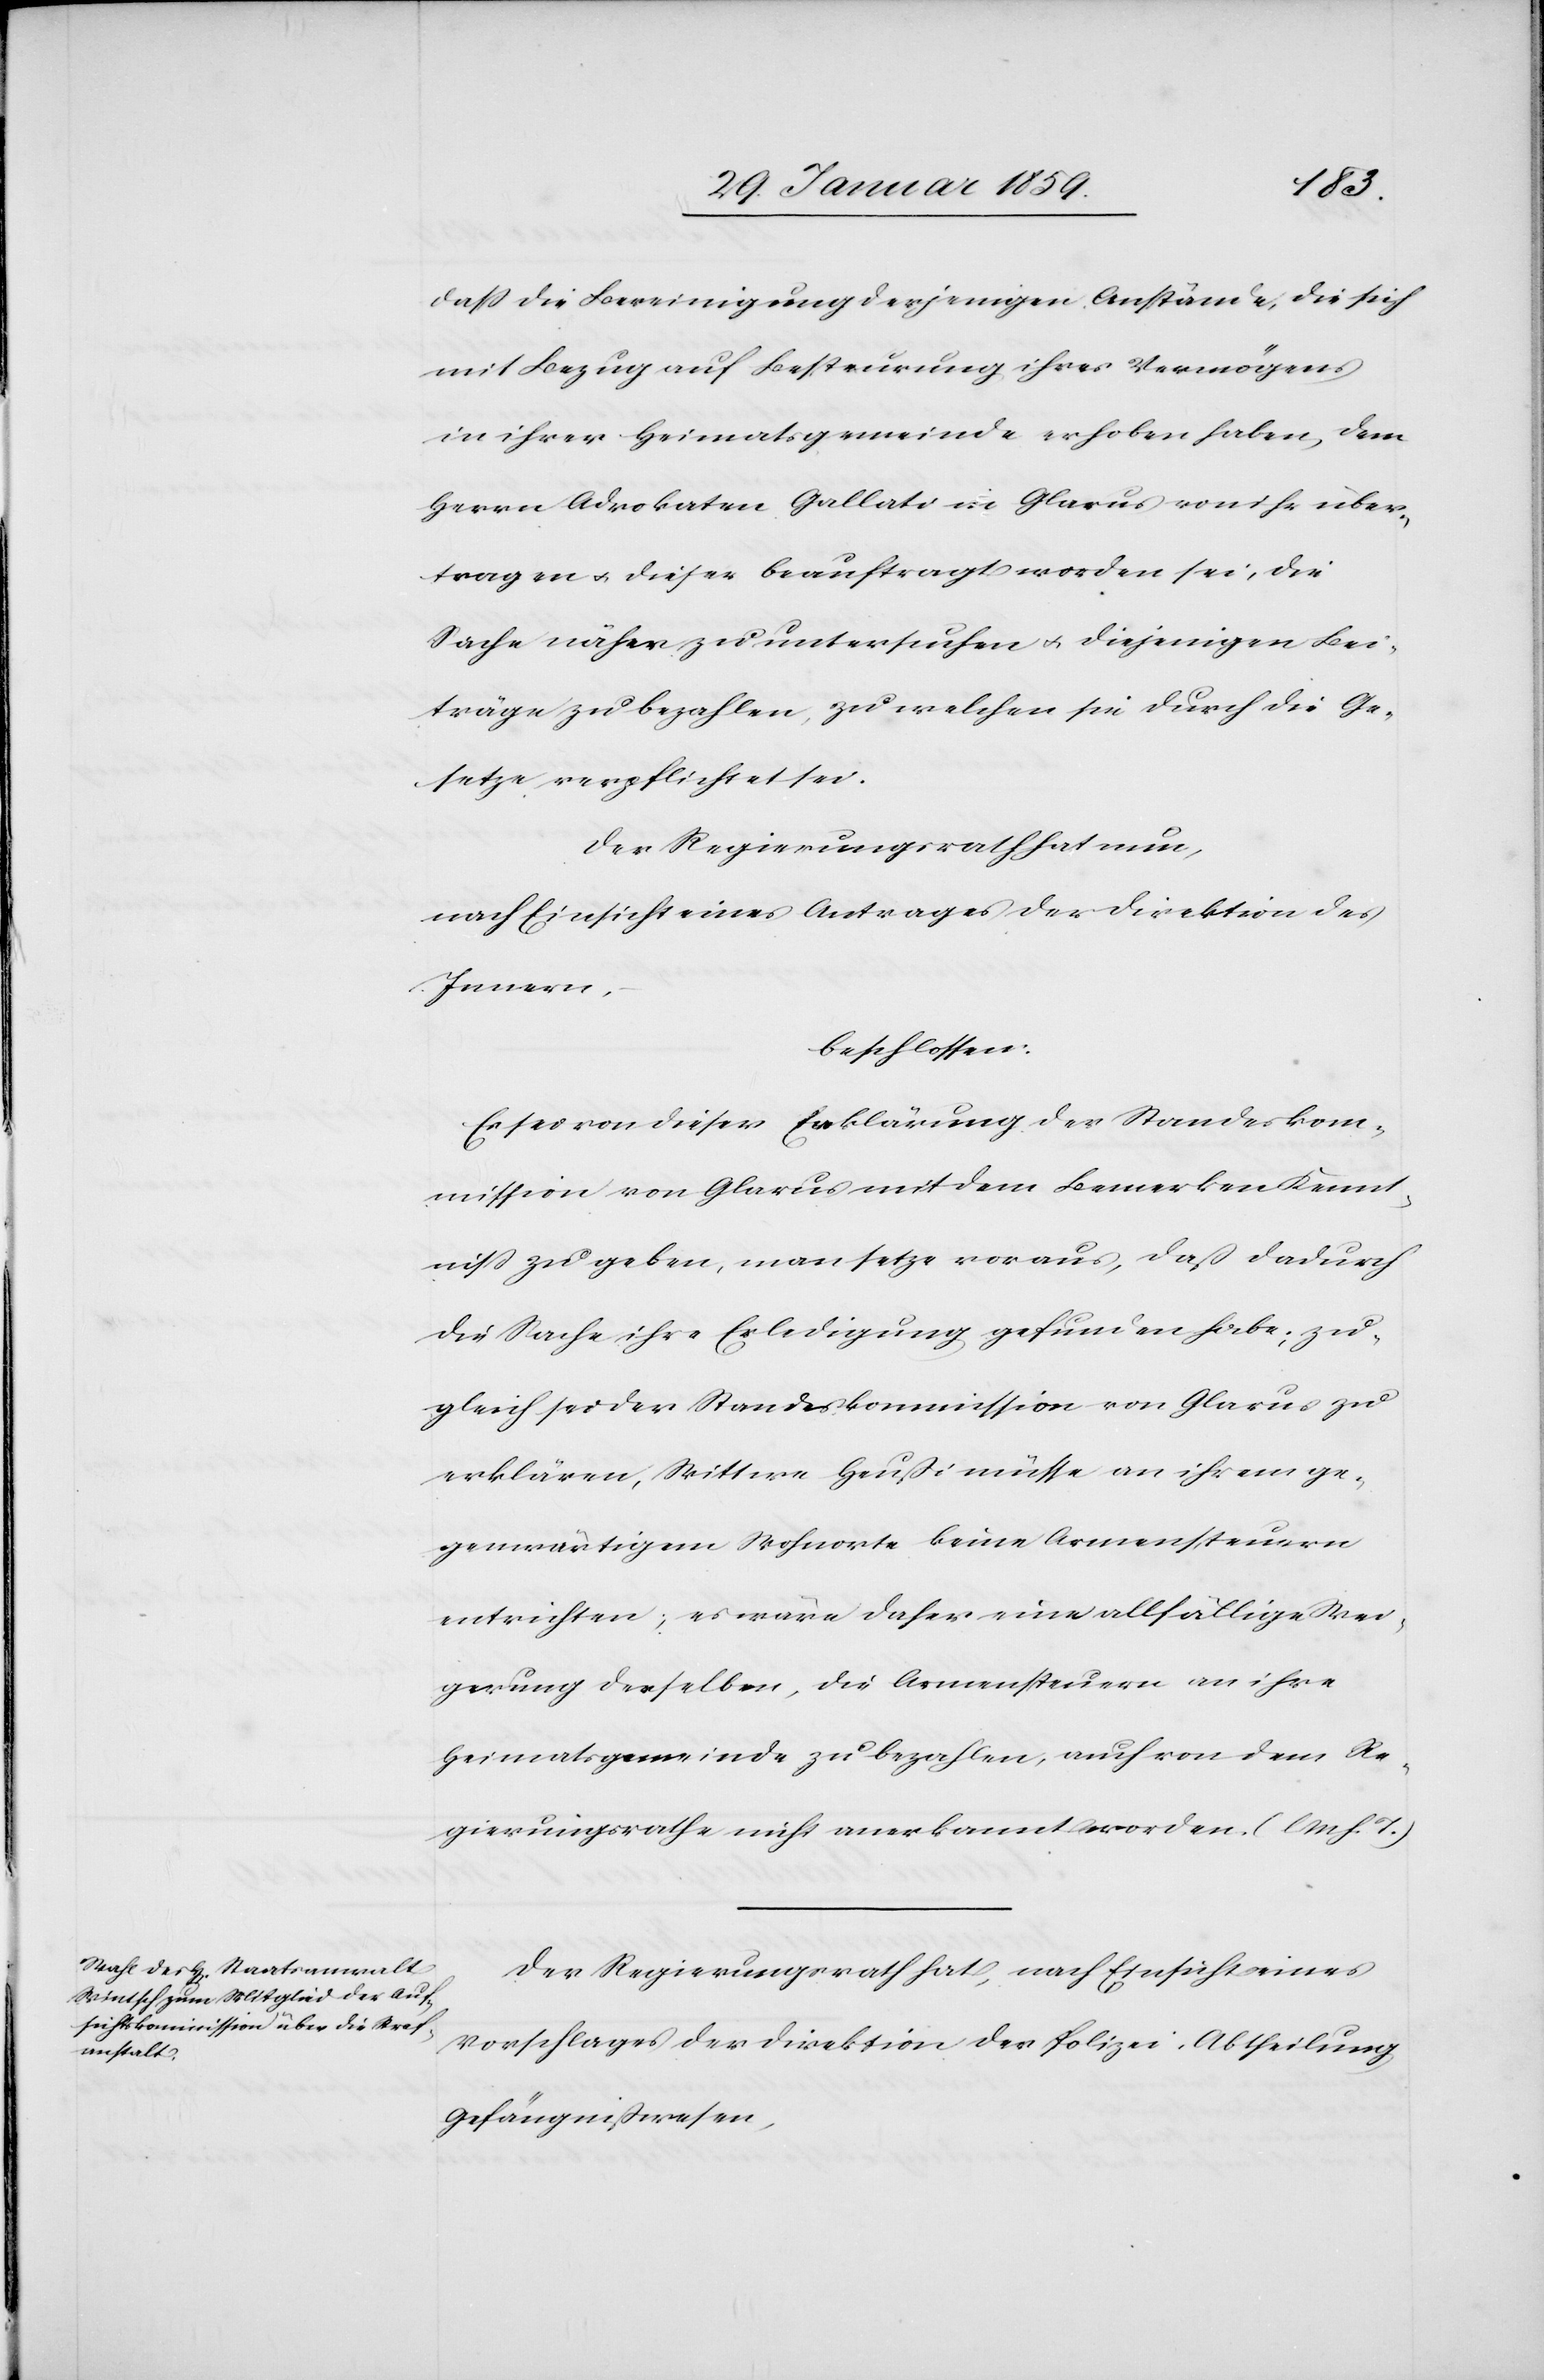
daß die Bereinigung derjenigen Anstände, die sich
mit Bezug auf Besteurung ihres Vermögens
in ihrer Heimatsgemeinde erhoben haben, dem
Herrn Advokaten Gallati in Glarus von ihr über¬
tragen u. dieser beauftragt worden sei, die
Sache näher zu untersuchen u. diejenigen Bei¬
träge zu bezahlen, zu welchen sie durch die Ge¬
setze verpflichtet sei.
Der Regierungsrath hat nun,
nach Einsicht eines Antrages der Direktion des
Innern,
beschlossen:
Es sei von dieser Erklärung der Standeskom¬
mission von Glarus mit dem Bemerken Kennt¬
niß zu geben, man setze voraus, daß dadurch
die Sache ihre Erledigung gefunden habe; zu¬
gleich sei der Standeskommission von Glarus zu
erklären, Wittwe Heußi müsse an ihrem ge¬
genwärtigen Wohnorte keine Armensteuern
entrichten; es wäre daher eine allfällige Wei¬
gerung derselben, die Armensteuer an ihre
Heimatsgemeinde zu bezahlen, auch von dem Re¬
gierungsrathe nicht anerkannt worden. (l. M. h. T.)
Der Regierungsrath hat, nach Einsicht eines
Vorschlages der Direktion der Polizei, Abtheilung
Gefängnißwesen,